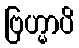
ဗြဟ္မာပိ